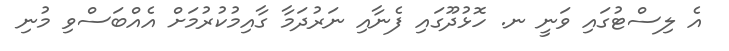
އެ ލިސްޓުގައި ވަނީ ނ. ހޮޅުދޫގައި ފެނާއި ނަރުދަމާ ގާއިމުކުރުމަށް އެއްބަސްވި މުނި